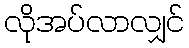
လိုအပ်လာလျှင်